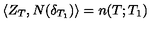
\langle Z _ { T } , N ( \delta _ { T _ { 1 } } ) \rangle = n ( T ; T _ { 1 } )